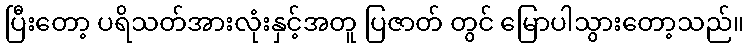
ပြီးတော့ ပရိသတ်အားလုံးနှင့်အတူ ပြဇာတ် တွင် မြောပါသွားတော့သည်။